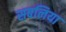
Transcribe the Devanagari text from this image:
सबलिया